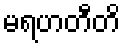
မရဟတီတိ